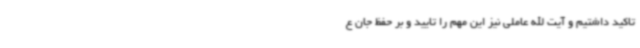
تاکید داشتیم و آیت الله عاملی نیز این مهم را تایید و بر حفظ جان ع